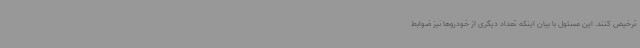
ترخیص کنند. این مسئول با بیان اینکه تعداد دیگری از خودروها نیز ضوابط